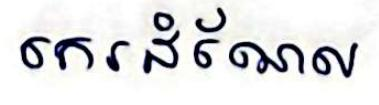
កេរដំណែល